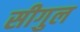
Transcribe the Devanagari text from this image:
सीगुल